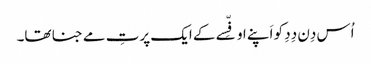
اُس دِن دِدِ کو اَپنے اوفِّسے کے ایک پرتِ مے جنا تھا۔